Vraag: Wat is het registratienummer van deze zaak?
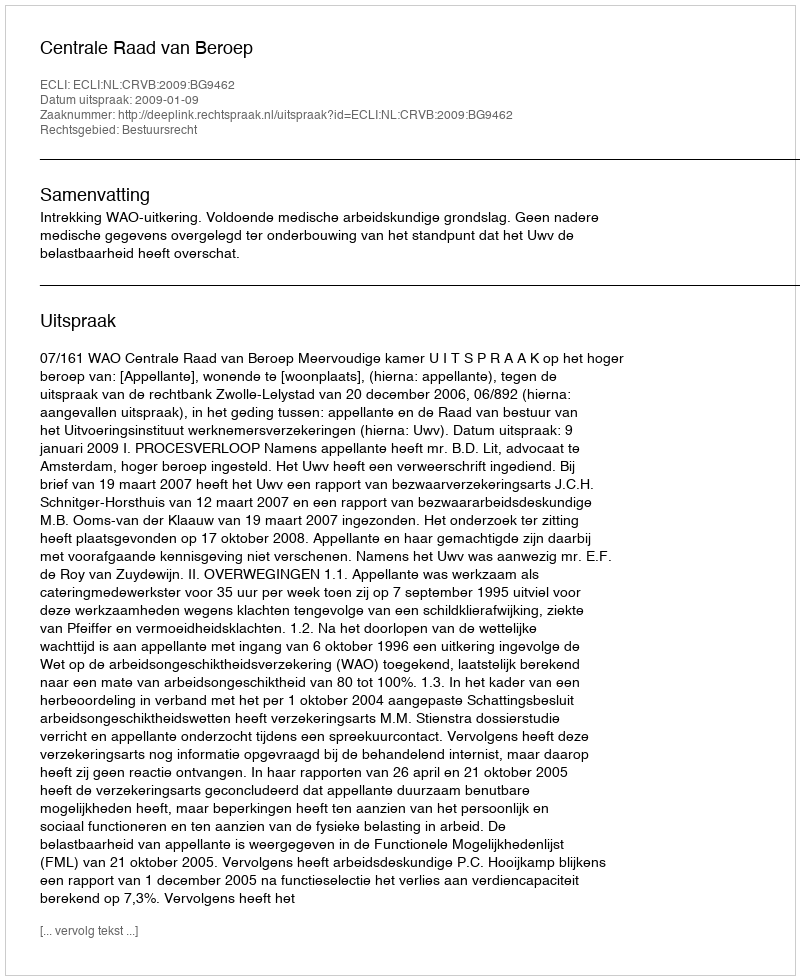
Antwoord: http://deeplink.rechtspraak.nl/uitspraak?id=ECLI:NL:CRVB:2009:BG9462